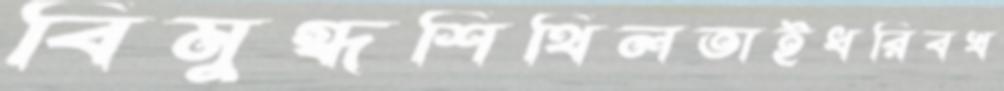
বিমুগ্ধশিথিলতাইধরিবখ